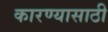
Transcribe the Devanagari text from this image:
कारण्यासाठी